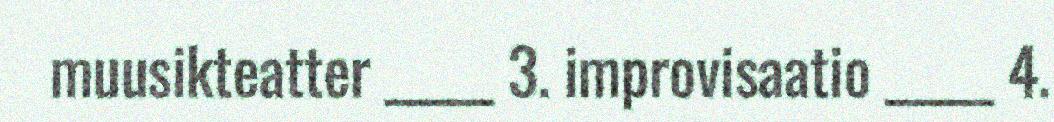
muusikteatter _____ 3. improvisaatio _____ 4.